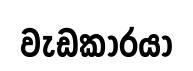
වැඩකාරයා